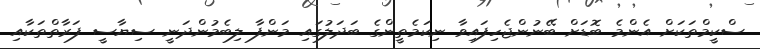
ސްކީމްތަކަށް އެންމެ ބޮޑަށް ބޭނުންޖެހިފައިވާ ނިކަމެތީންގެ ބަދަލުގައި މަންފާ ލިބެމުންދަނީ ސިޔާސީ ފަރާތްތަކާއި